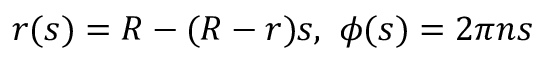
r ( s ) = R - ( R - r ) s , ~ \phi ( s ) = 2 \pi n s